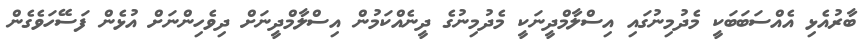
ބާރުއެޅި އެއްސަބަބަކީ މެދުމިނުގައި އިސްލާމްދީނަކީ މެދުމިނުގެ ދީނެއްކަމުން އިސްލާމްދީނަށް ދިވެހިންނަށް އުޅެން ފަސޭހަވެގެން